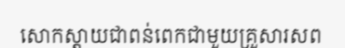
សោកស្តាយជាពន់ពេកជាមួយគ្រួសារសព